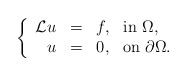
\begin{align*}\left\{\begin{array}{rcl}\mathcal{L}u & = & f, \ \ \rm{in}\ \Omega, \\u & = & 0, \ \ \rm{on}\ \partial\Omega.\end{array}\right.\end{align*}